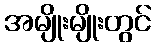
အမျိုးမျိုးတွင်